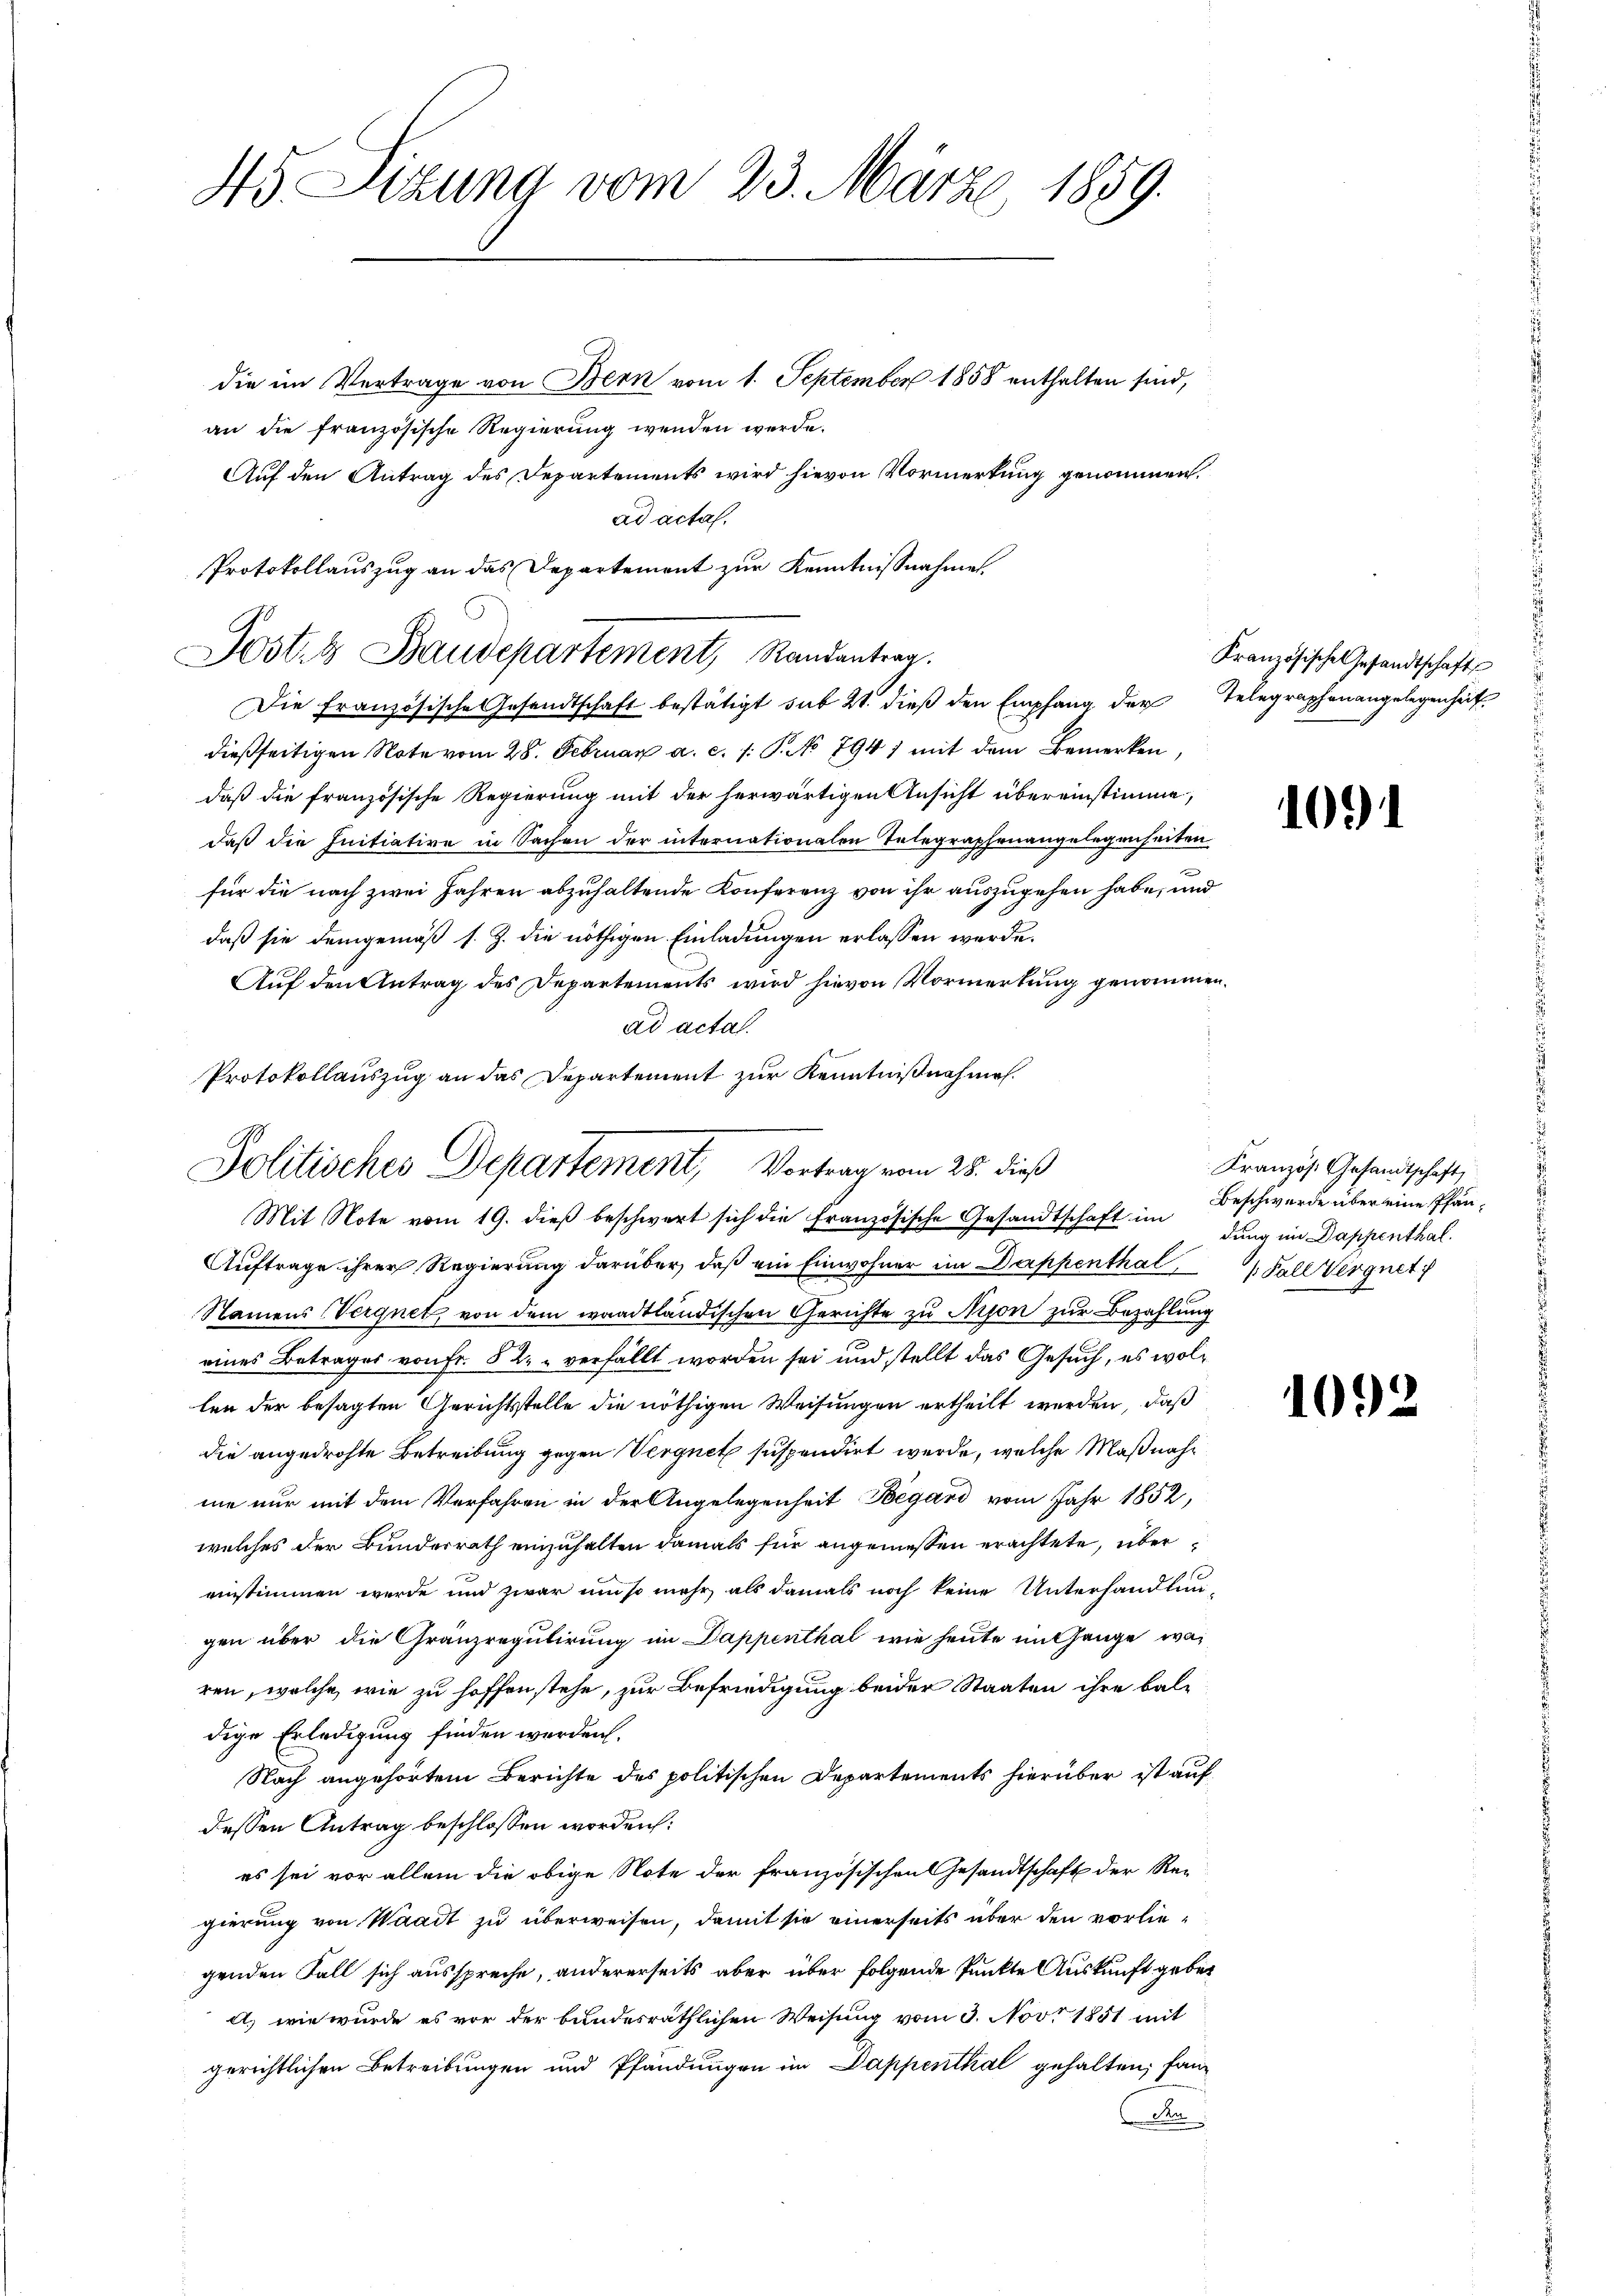
45. Sitzung vom 23. Märze, 1859.

die im Vertrage von Bern vom 1. September 1858 enthalten sind,
an die französische Regierung wenden werde.
Auf den Antrag des Departements wird hievon Vormerkung genommen.
ad acta.
Protokollauszug an das Departement zur Kenntnißnahme.
Die Französische Gesandtschaft bestätigt sub 21. dieß den Empfang der Telegraphenangelegenheit
dießseitigen Note vom 28. Februar a. c. 1. P. No 794 1 mit dem Bemerken,
daß die französische Regierung mit der herwärtigen Ansicht übereinstimme,
daß die Initiative in Sachen der internationalen Telegraphenangelegenheiten
für die nach zwei Jahren abzuhaltende Konferenz von ihr auszugehen habe, und
daß sie demgemäß s. Z. die nöthigen Einladungen erlassen werde.
Auf den Antrag des Departements wird hievon Vormerkung genommen.
ad acta.
Protokollauszug an das Departement zur Kenntnißnahmen.

Postet Baudepartement, Randantrag.

Politisches Departement, Vortrag vom 28. dieß

Mit Note vom 19. dieβ beschwert sich die Französische Gesandtschaft im
Auftrage ihrer Regierung darüber, daß ein Einwohner im Dappenthal, Fall Vergnet
Namens (Vergnet, von dem waadtländischen Gerichte zu Arson zur Bezahlung
eines Betrages von Fr. 52 - verfällt worden sei und stellt das Gesuch, es wollen der besagten Gerichtsstelle die nöthigen Weisungen ertheilt werden, daß
die angedrohte Betreibung gegen Vergnet suspendirt werde, welche Maßnahne nur mit dem Verfahren in der Angelegenheit Begard vom Jahr 1852,
welches der Bunderrath einzuhalten damals für angemessen erachtete, übereinstimmen werde und zwar um so mehr als damals noch keine Unterhandlun-
gen über die Gränzregulirung im Dappenthal wie heute im Gange war
ren, welche wie zu hoffen stehe, zur Befriedigung beider Staaten ihre bal-
dige Erledigung finden werden.
Nach angehörtem Berichte des politischen Departements hierüber ist auf
dessen Antrag beschlossen worden:
es sei vor allem die obige Note der französischen Gesandtschaft der Re-
gierung von Waadt zu überweisen, damit sie einerseits über den vorliegenden Fall sich ausspreche, andererseits aber über folgende Punkte Auskunft geben
A. wie wurde es vor der bundesräthlichen Weisung vom 3. Nov. 1851 mit
gerichtlichen Betreibungen und Pfändungen im Dappenthal gehalten, fan
n

Kranzösische Gesandtschaft

10

Kranzös. Gesandtschaft,
Beschwerde über eine Pfandung im Dappenthal.

1092